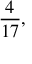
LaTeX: { \frac { 4 } { 1 7 } } ,